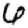
Digit: 6